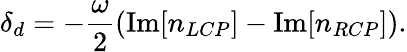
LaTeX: \delta_{d}=-\frac{\omega}{2}\left(\mathrm{Im}[n_{LCP}]-\mathrm{Im}[n_{RCP}]\right).